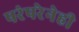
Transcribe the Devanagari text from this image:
परंपरेनेही